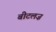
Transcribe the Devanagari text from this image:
बीटलज़